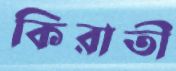
কিরাতী